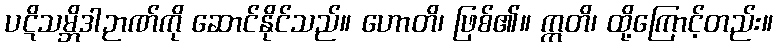
ပဋိသမ္ဘိဒါဉာဏ်ကို ဆောင်နိုင်သည်။ ဟောတိ၊ ဖြစ်၏။ ဣတိ၊ ထို့ကြောင့်တည်း။